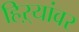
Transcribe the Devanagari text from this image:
हिऱ्यांवर